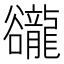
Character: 豅